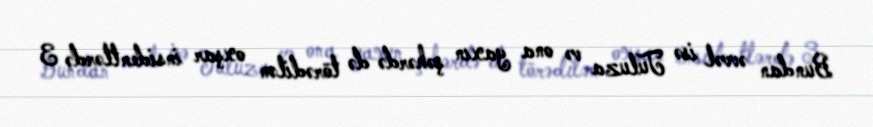
Bundan əvvəl isə Tuluza və ona yaxın şəhərdə də törədilən oxşar insidentlərdə 3